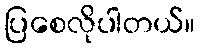
ပြစေလိုပါတယ်။